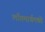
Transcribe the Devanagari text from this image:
लाँगमार्चमध्ये